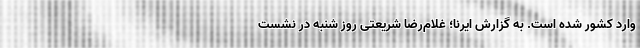
وارد کشور شده است. به گزارش ایرنا؛ غلام‌رضا شریعتی روز شنبه در نشست